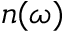
n ( \omega )